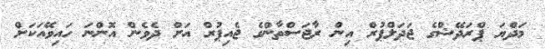
މަދްޔަ ޕްރަދޭޝްގެ ޖަދަލްޕުރް އިން ރާޖަސްތާންގެ ޖެއިޕުރް އަށް ދެވެން އޮންނަ ހައިވޭއަަކަށް